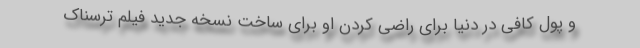
و پول کافی در دنیا برای راضی کردن او برای ساخت نسخه جدید فیلم ترسناک